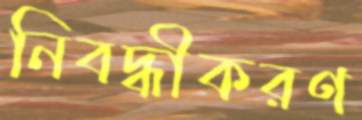
নিবদ্ধীকরণ